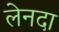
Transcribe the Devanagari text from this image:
लेनदा